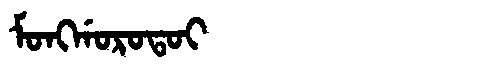
Manchu: ᠮᠣᠩᡤᠣᡵᠣᡨᠣᡳ
Romanization: MONGGOROTOI